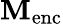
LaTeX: \mathbf{M}_{\mathrm{{enc}}}